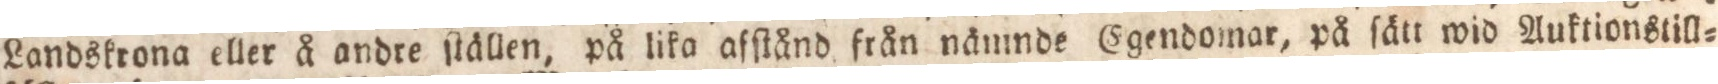
Landskrona eller å andre ſtällen, på lika afſtånd från nänmde Egendomar, på ſätt wid Auktionstill=